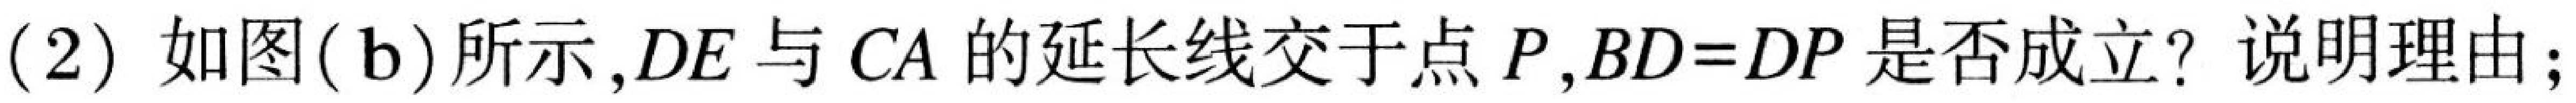
(2) 如图(\(b\))所示,\(DE\)与\(CA\)的延长线交于点\(P\),\(BD = DP\)是否成立? 说明理由;